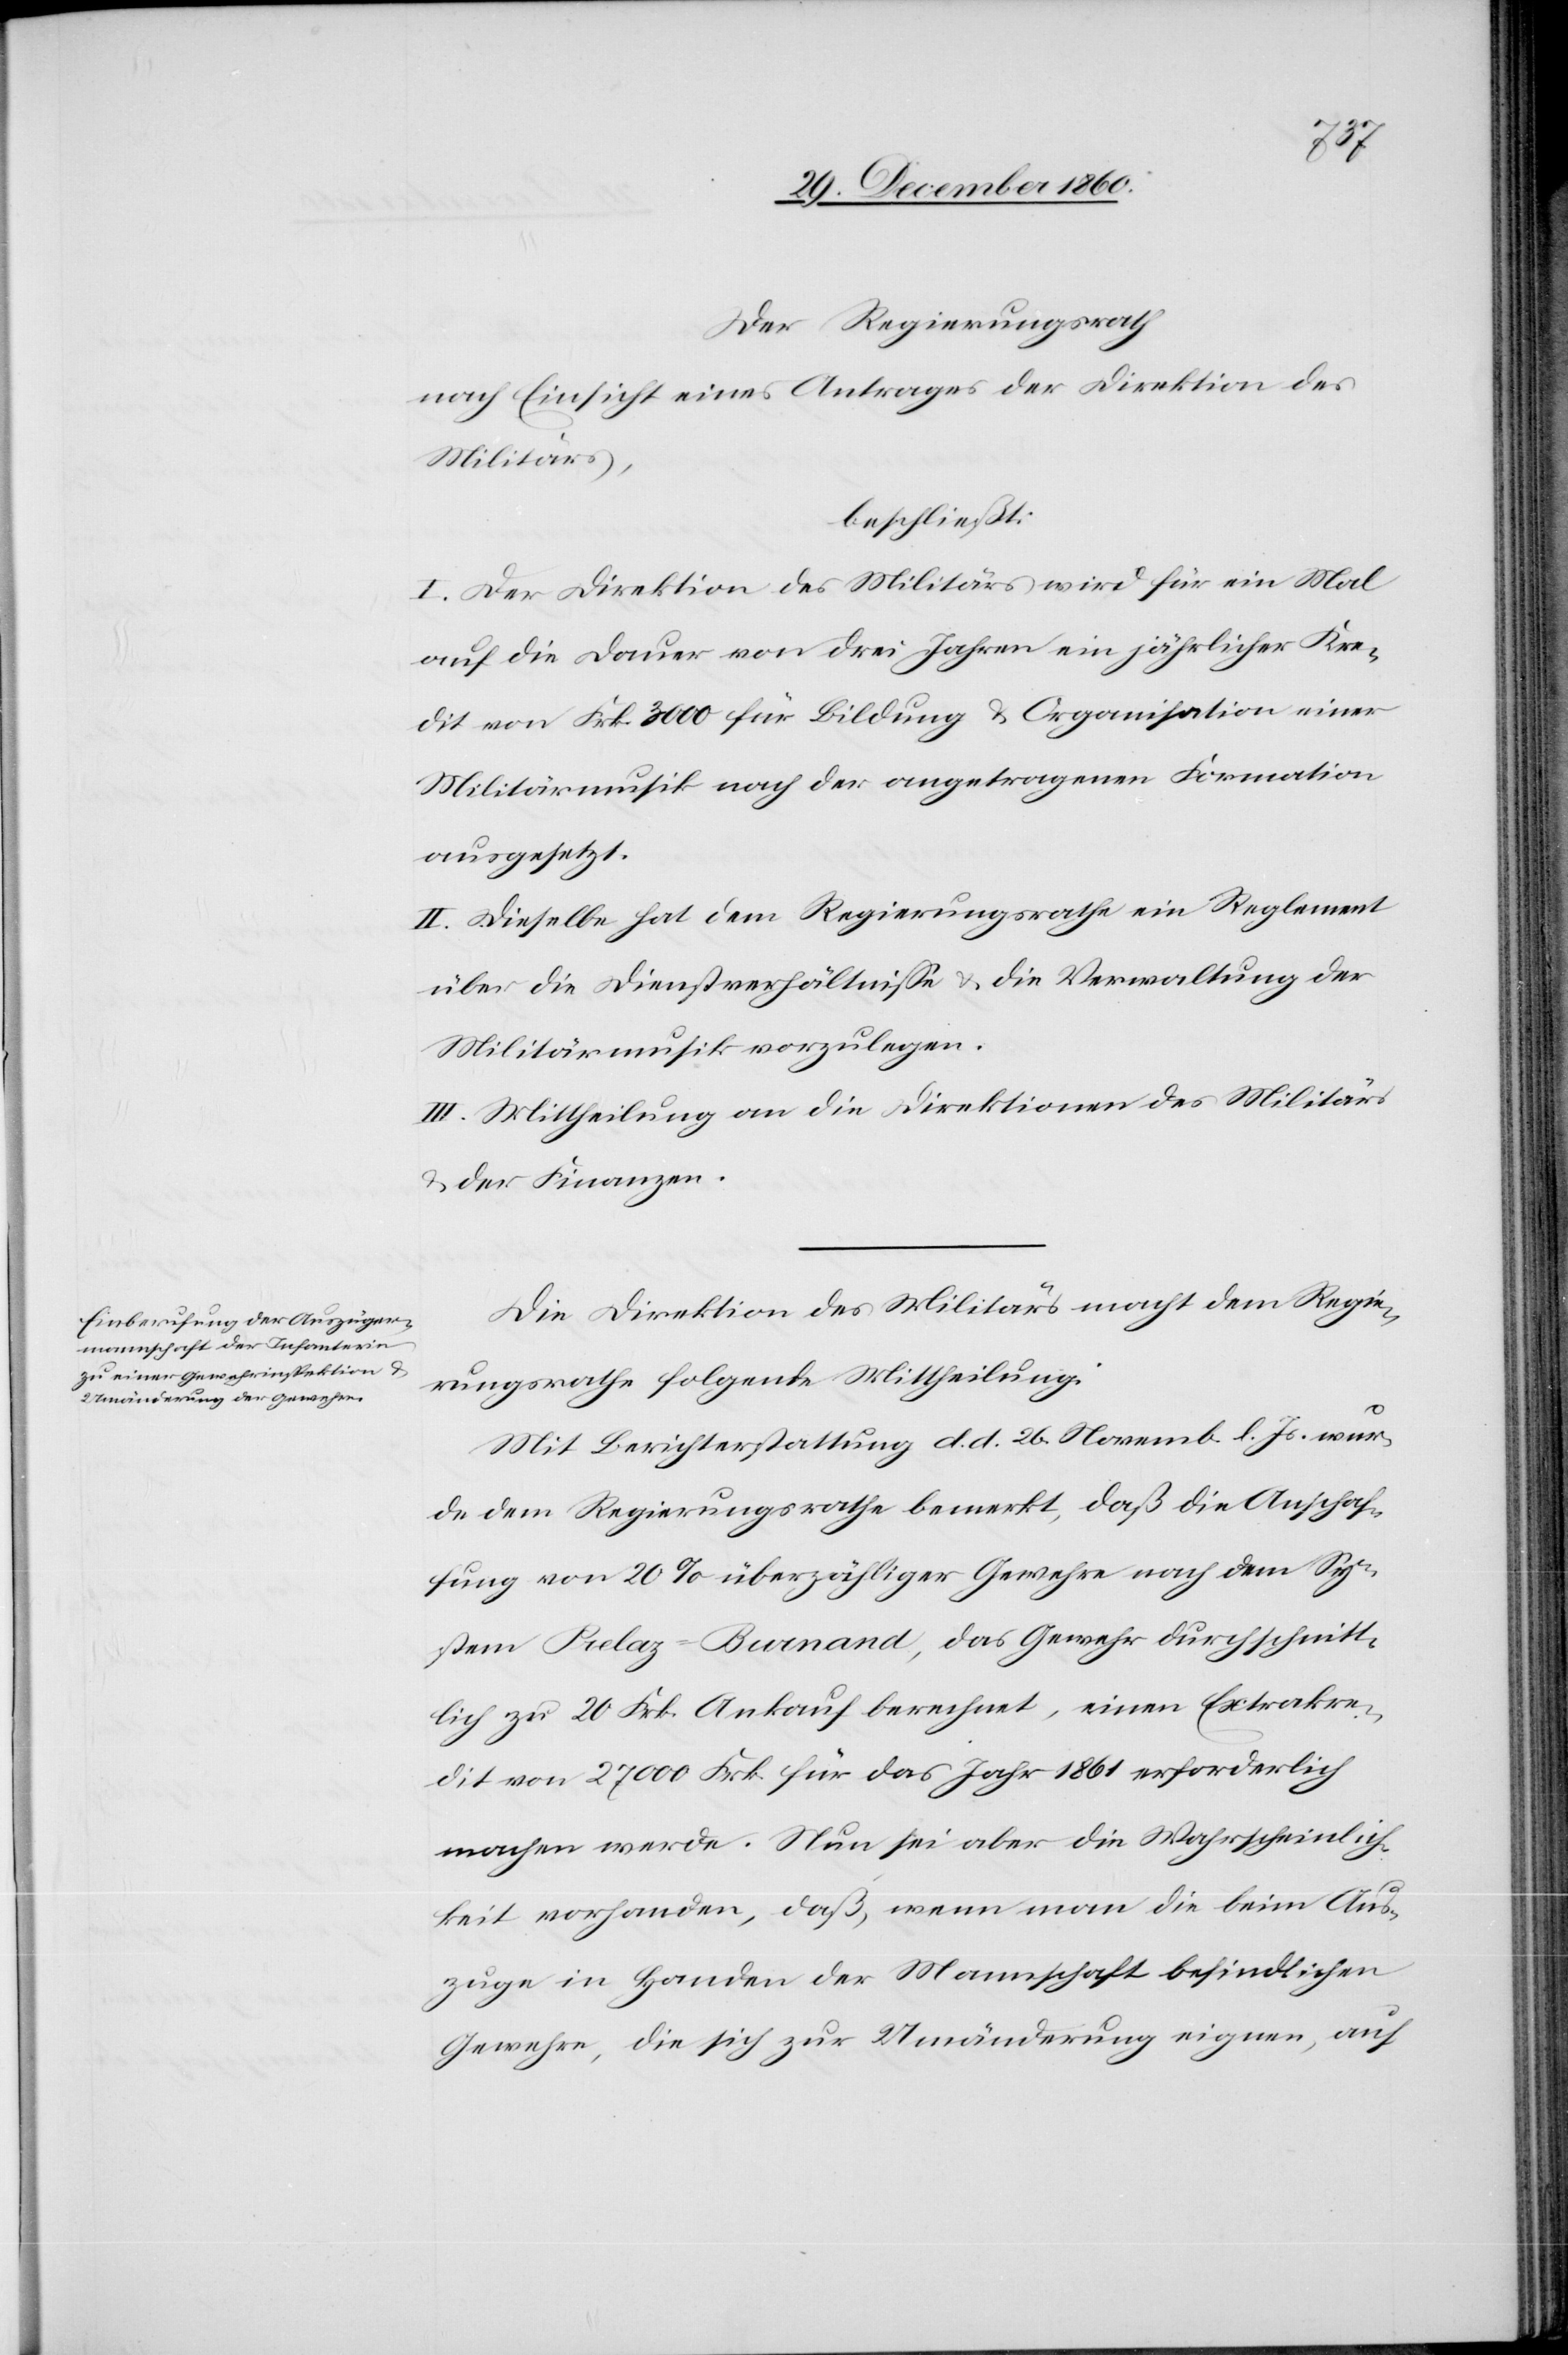
Der Regierungsrath
nach Einsicht eines Antrages der Direktion des
Militärs,
beschließt:
I. Der Direktion des Militärs wird für ein Mal
auf die Dauer von drei Jahren ein jährlicher Kre¬
dit von Frk. 3000 für Bildung u. Organisation einer
Militärmusik nach der angetragenen Formation
ausgesetzt.
II. Dieselbe hat dem Regierungsrathe ein Reglement
über die Dienstverhältnisse u. die Verwaltung der
Militärmusik vorzulegen.
III. Mittheilung an die Direktionen des Militärs
u. der Finanzen.
Die Direktion des Militärs macht dem Regie¬
rungsrathe folgende Mittheilung:
Mit Berichterstattung d. d. 26. Novemb. l. Js. wur¬
de dem Regierungsrathe bemerkt, daß die Anschaf¬
fung von 20% überzähliger Gewehre nach dem Sy¬
stem Prelaz-Burnand, das Gewehr durchschnitt¬
lich zu 20 Frk. Ankauf berechnet, einen Extrakre¬
dit von 27 000 Frk. für das Jahr 1861 erforderlich
machen werde. Nun sei aber die Wahrscheinlich¬
keit vorhanden, daß, wenn man die beim Aus¬
zuge in Handen der Mannschaft befindlichen
Gewehre, die sich zur Umänderung eignen, auf